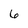
Character: 6